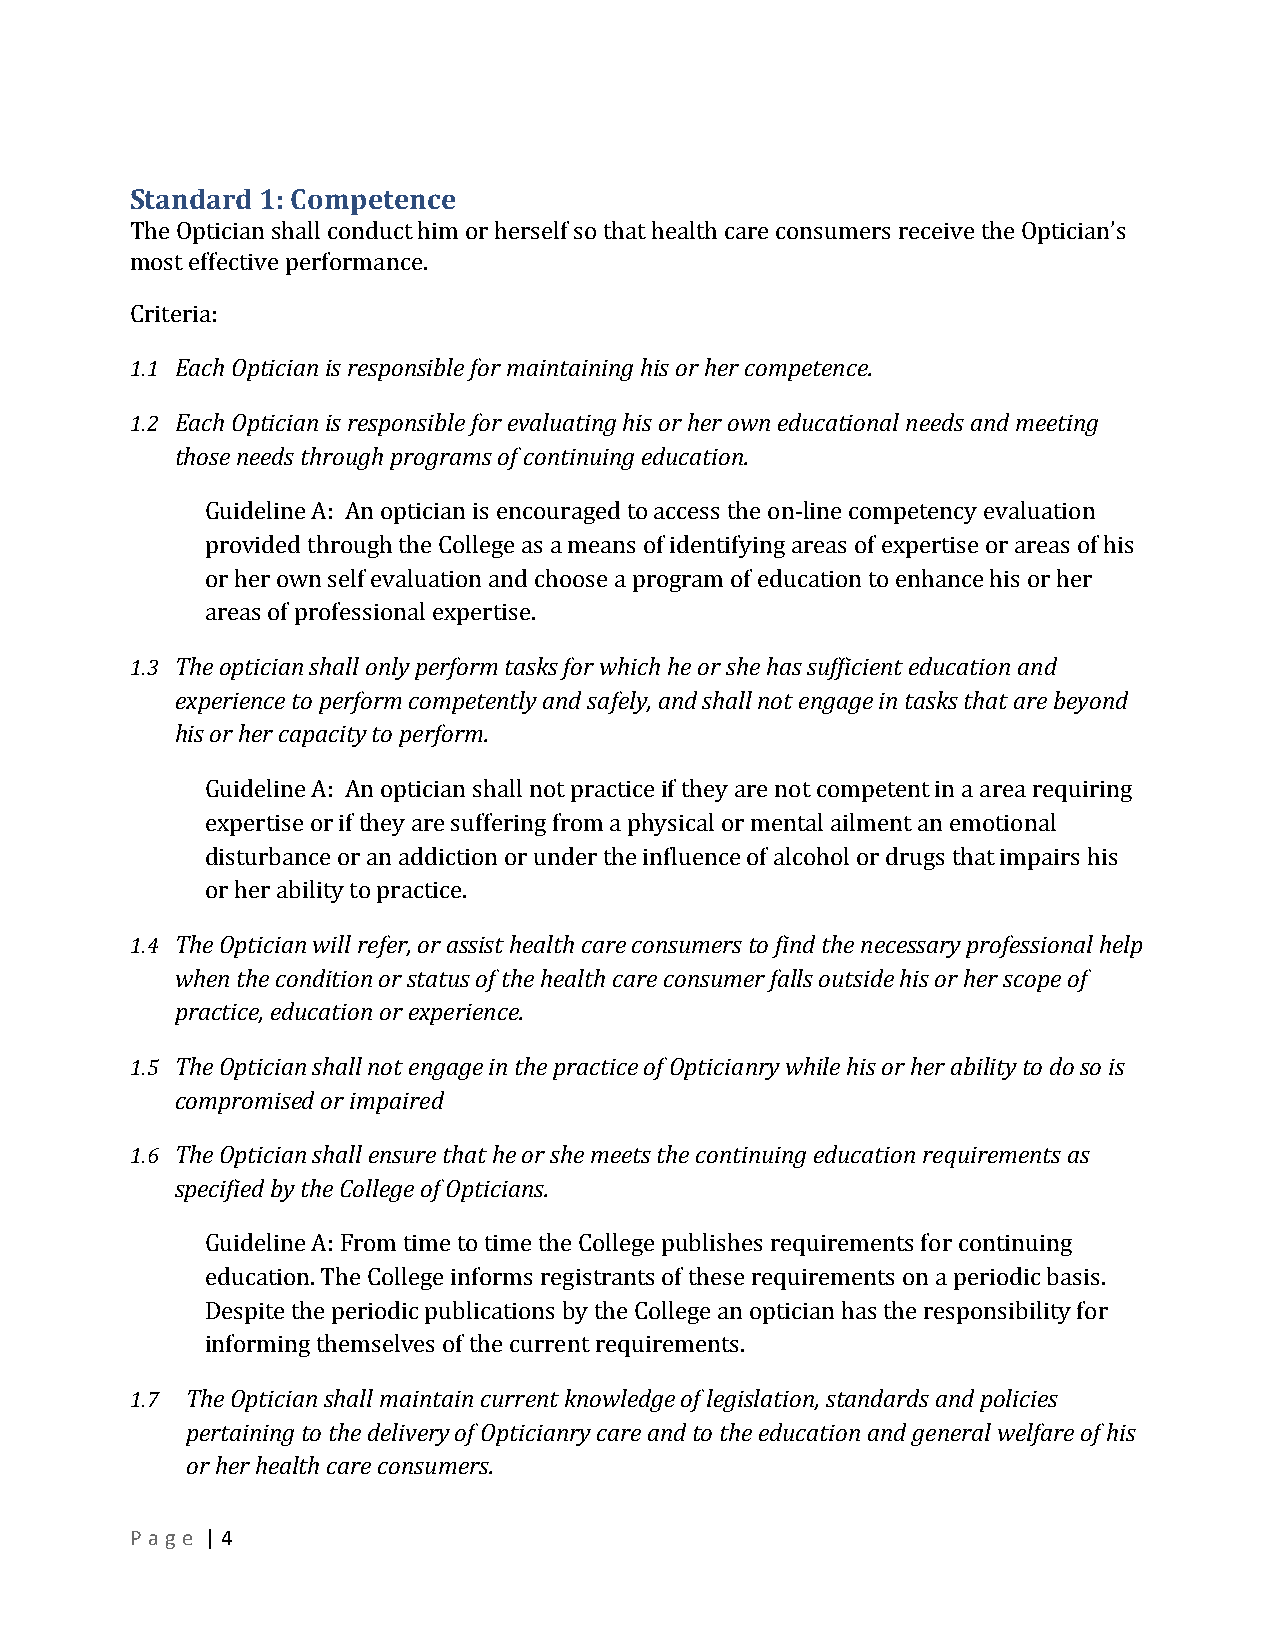
Standard 1: Competence
 The Optician shall conduct him or herself so that health care consumers receive the Optician’s
 most effective performance.
 Criteria:
 1.1 Each Optician is responsible for maintaining his or her competence.
 1.2 Each Optician is responsible for evaluating his or her own educational needs and meeting
 those needs through programs of continuing education.
 Guideline A: An optician is encouraged to access the on-­‐line competency evaluation
 provided through the College as a means of identifying areas of expertise or areas of his
 or her own self evaluation and choose a program of education to enhance his or her
 areas of professional expertise.
 1.3 The optician shall only perform tasks for which he or she has sufficient education and
 experience to perform competently and safely, and shall not engage in tasks that are beyond
 his or her capacity to perform.
 Guideline A: An optician shall not practice if they are not competent in a area requiring
 expertise or if they are suffering from a physical or mental ailment an emotional
 disturbance or an addiction or under the influence of alcohol or drugs that impairs his
 or her ability to practice.
 1.4 The Optician will refer, or assist health care consumers to find the necessary professional help
 when the condition or status of the health care consumer falls outside his or her scope of
 practice, education or experience.
 1.5 The Optician shall not engage in the practice of Opticianry while his or her ability to do so is
 compromised or impaired
 1.6 The Optician shall ensure that he or she meets the continuing education requirements as
 specified by the College of Opticians.
 Guideline A: From time to time the College publishes requirements for continuing
 education. The College informs registrants of these requirements on a periodic basis.
 Despite the periodic publications by the College an optician has the responsibility for
 informing themselves of the current requirements.
 1.7 The Optician shall maintain current knowledge of legislation, standards and policies
 pertaining to the delivery of Opticianry care and to the education and general welfare of his
 or her health care consumers.
 P a g e | 4